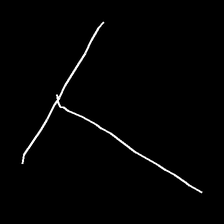
Glyph: column